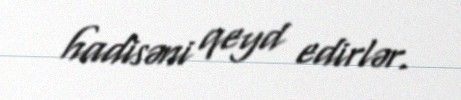
hadisəni qeyd edirlər.